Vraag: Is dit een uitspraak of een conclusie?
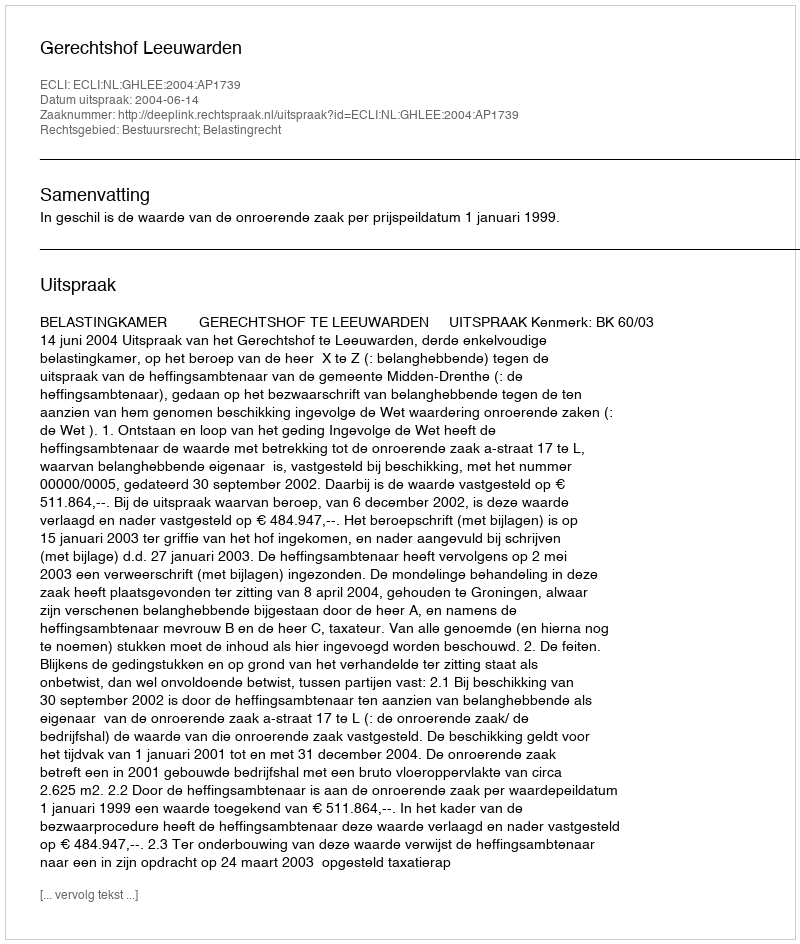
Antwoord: Uitspraak